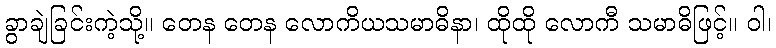
ခွာချဲခြင်းကဲ့သို့။ တေန တေန လောကိယသမာဓိနာ၊ ထိုထို လောကီ သမာဓိဖြင့်။ ဝါ၊